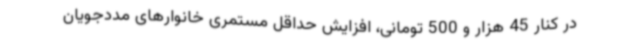
در کنار 45 هزار و 500 تومانی، افزایش حداقل مستمری خانوارهای مددجویان